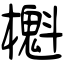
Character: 櫆